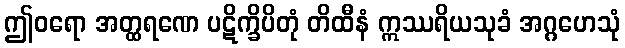
ဤဝရော အတ္ထရဏေ ပဋိက္ခိပိတုံ တိထီနံ ဣဿရိယသုခံ အဂ္ဂဟေသုံ